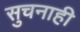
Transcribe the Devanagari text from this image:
सुचनाही